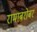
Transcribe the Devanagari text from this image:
रामाबरोबर